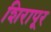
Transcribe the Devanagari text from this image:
शिरापूर